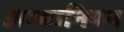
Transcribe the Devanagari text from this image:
अल्बानियन